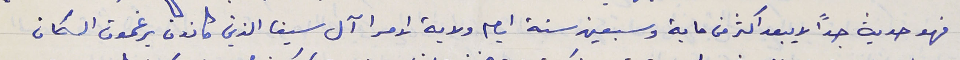
فهو حديث جدًا لا يبعد اكثر من ماية وسبعين سنة أيام ولاية الامرا آل سيفا الذين كانون يرغمون السكان